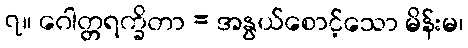
၇။ ဂေါတ္တရက္ခိတာ = အနွယ်စောင့်သော မိန်းမ၊